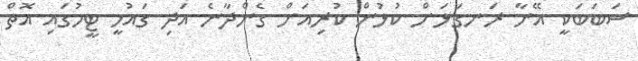
ސަބަބަކީ އޭނާ ރަނގަޅަށް ކުޅުން ކުރިއަށް ގެންދާނެ އަދި ގައުމީ ޓީމުގައި އޮތް